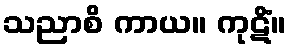
သညာစိ ကာယ။ ကုဋိံ။